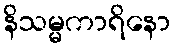
နိသမ္မကာရိနော